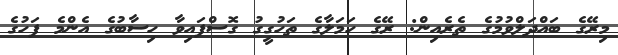
މިރޭގެ ބައްދަލްވުމުގެ ތެރެއިން: ރޭގެ ހަމަލާގެ ތަހުގީގު ގޮސްފައިވާ ހިސާބުގެ އެންމެ ފަހުގެ